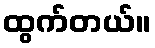
ထွက်တယ်။